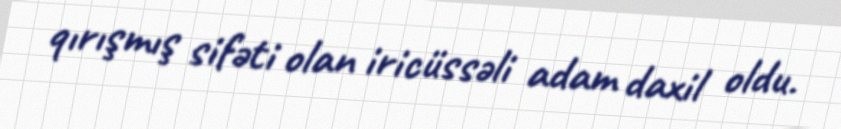
qırışmış sifəti olan iricüssəli adam daxil oldu.